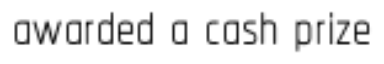
awarded a cash prize